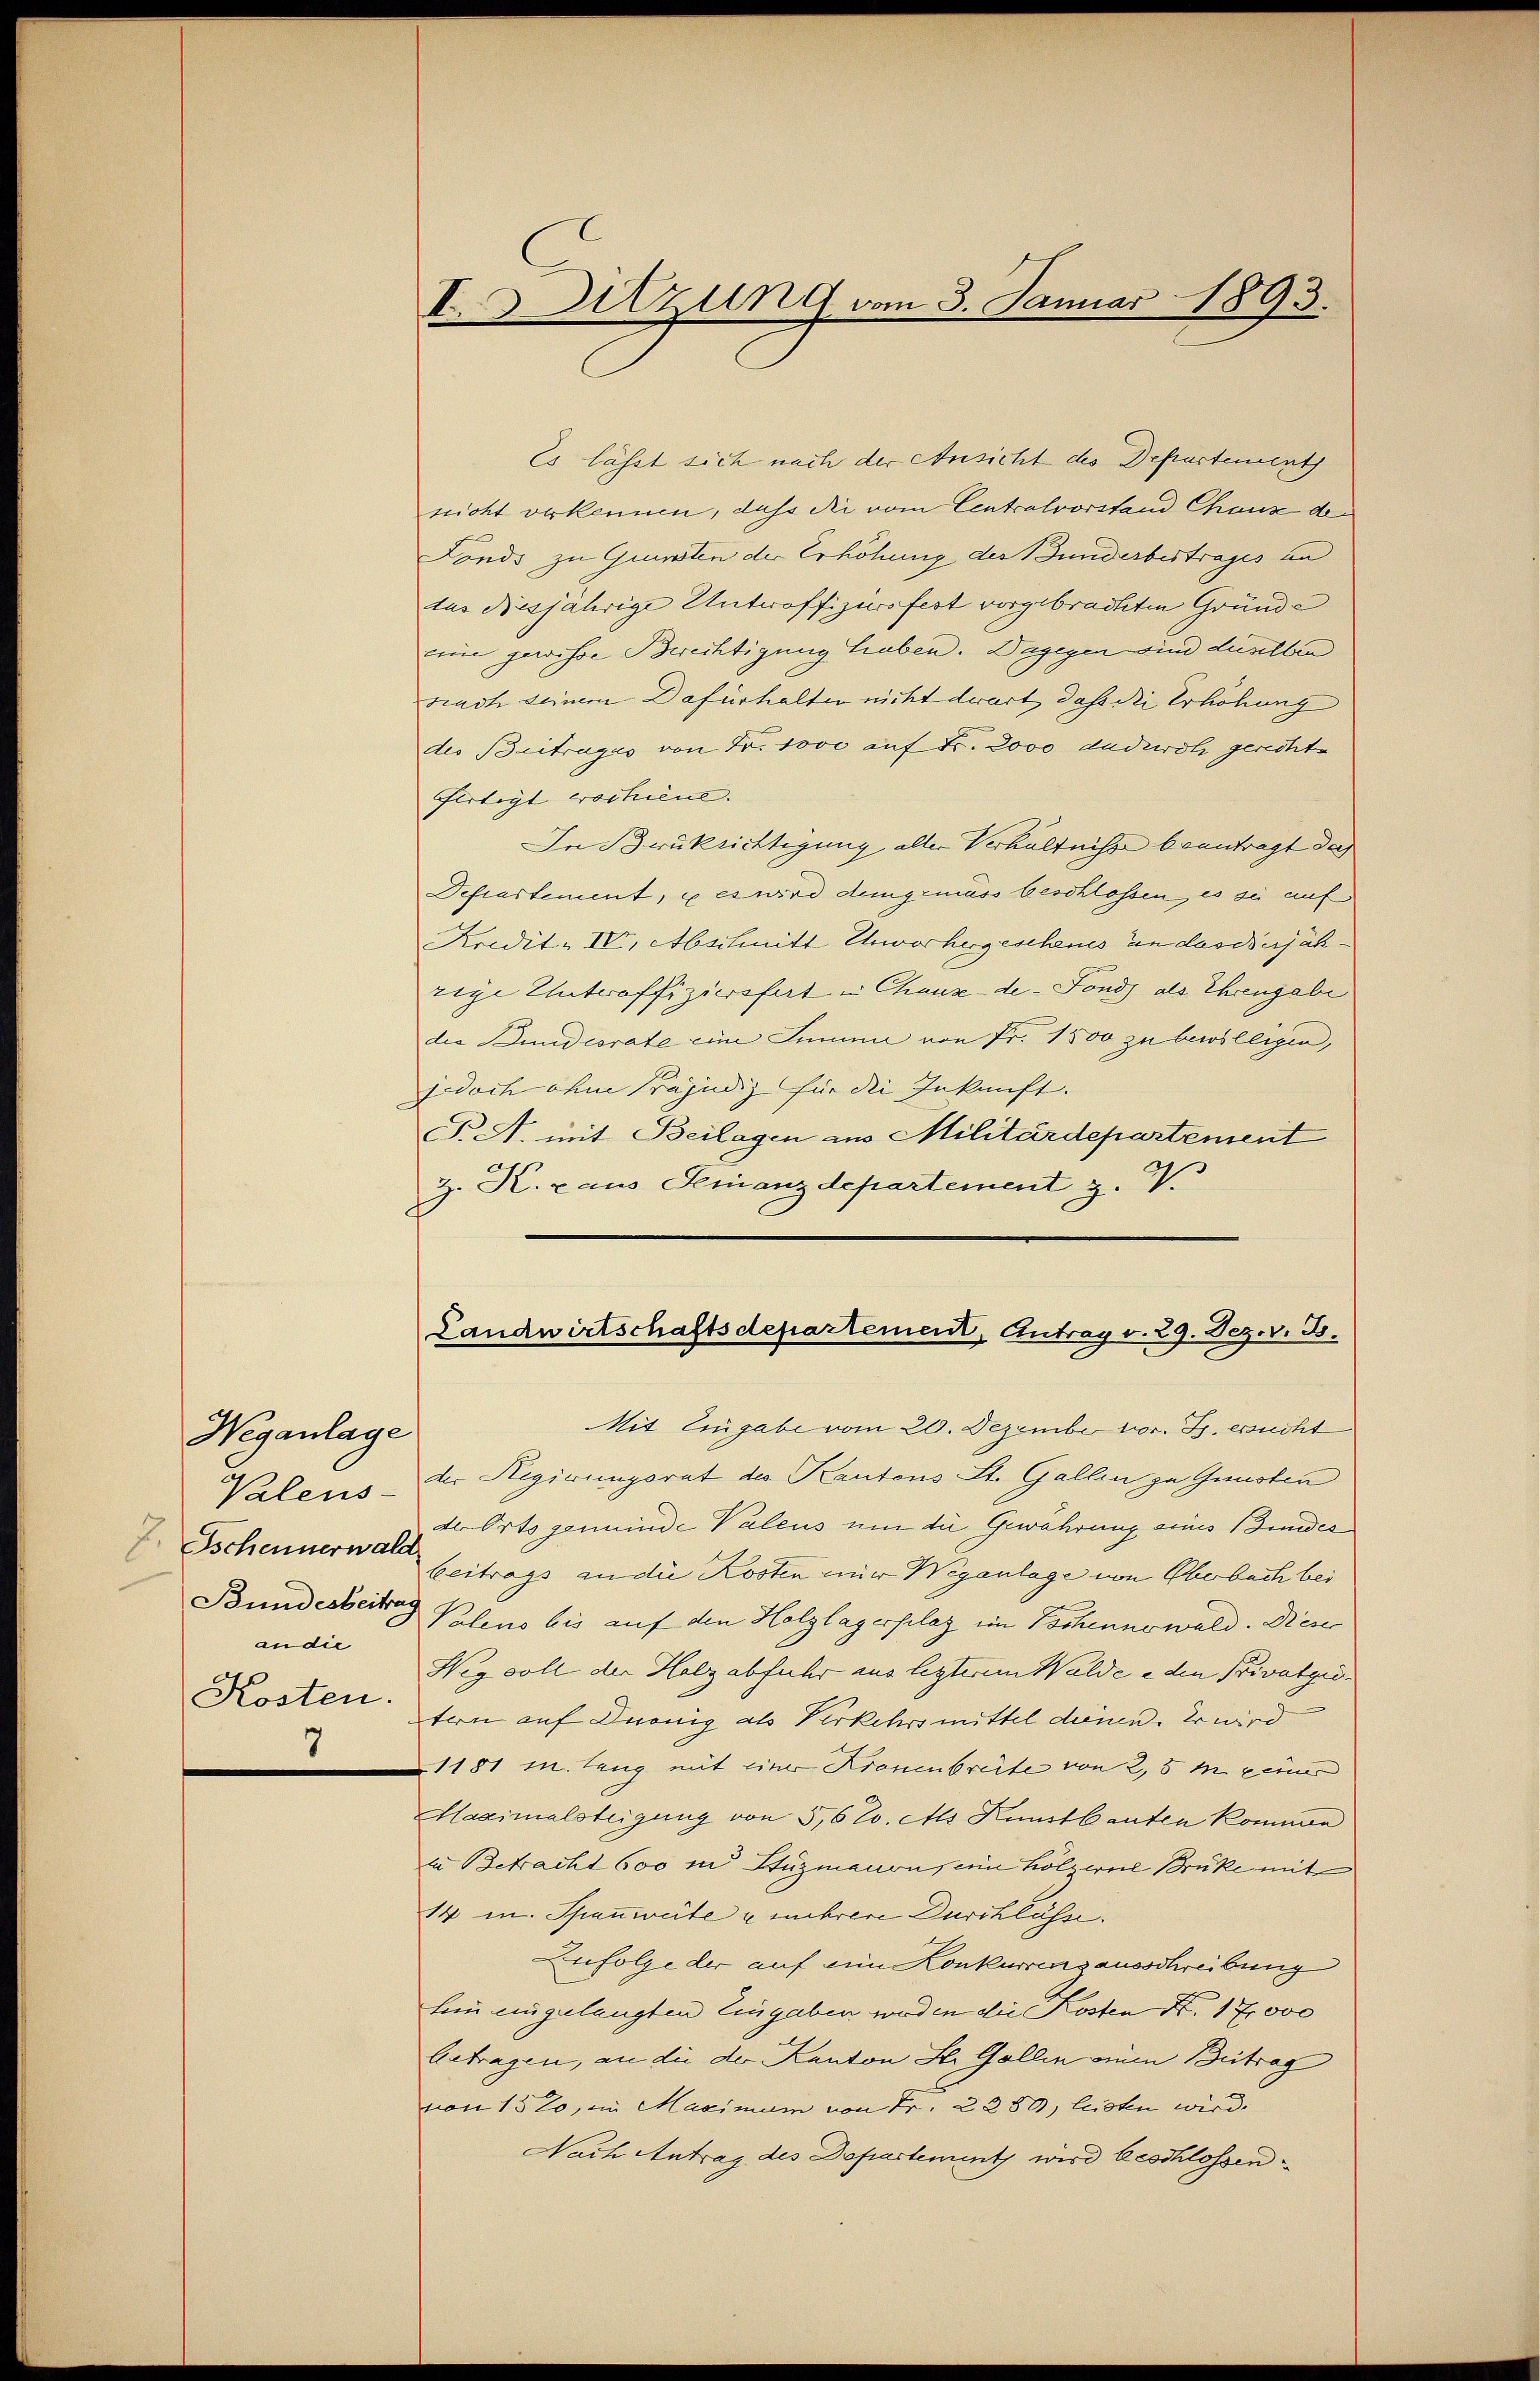
Weganlage
Valens-
. Tschennerwald
Bundesbeitrag
andie
Kosten.
7

Es lässt sich nach der Ansicht des Departement
nicht verkennen, daß die vom Centralvorstand Chaux de
Fonds zu Gunsten der Erhöhung des Bundesbestrages un
tus diesjährige Unteroffiziers fest vorgebrachten Gründe
eine gewisse Berechtigung haben. Dagegen sind dieselben
Nach seinem Dafürhalter nicht derart dass die Erhöhung
des Beitrages von Fr. Jove auf Fr. 2000 dadurch gerechte
Fertigt wochiene.
In Brücksichtigung aller Verhältnisse beantragt dach
Dchartement, u es wird demgemäss beschlossen, es sie auf
Kredit. IV, Abschnitt Unvorhergeschenes an das derjährige Unteroffiziersfert in Chaux-de-Fonds als Ehrengabe
des Bundesrate eine Summa von Fr. 1500 zu bewilligen,
jedoch ohne Präjudiz für die Inkunft.
T.A. mit Beilagen aus Militärdepartement
Z. K. raus Finanzdepartement z. V.

I. Sitzung vom 3. Januar 1893.

Landwirtschaftsdepartement, Antrag v. 29. Dez. v. B.

Mit Eingabe vom 20. Dezember vor. Js. ersucht
der Regirungsrat des Kantons Lt. Gallen zu Gunsten
der Orts gemeinde Valens um die Gewährung eines Bundes
beitrags an die Kosten mir Weganlage von Oberbuch bei
Valens bis auf den Holzlagerplaz im Pochennewald. Diese
Weg soll der Holzabfuhr aus lezterem Walde e den Privatgiotern auf Duonig als Verkehrsmittel dienen. Er wird
1181 m. lang mit einer Kronenbreite von 2,5 m seiner
Haximalsteigung von 5,6 t. Als Kunstbauten kommen
in Betracht 600 in Stüzmauern, ein hölzerne Brüke mit
14 m. Spannweiterembrer Durchlösse.
Zufolge der auf eine Konkurrengausschreibung
hin eingelangten Eingaben werden die Kosten Nr. 17000
betragen, an die der Kanton St. Gallin zum Beitrag
von 1520, im Maximum von Fr. 2280, leisten wird.
Nach Antrag des Departement wird beschlossen¬